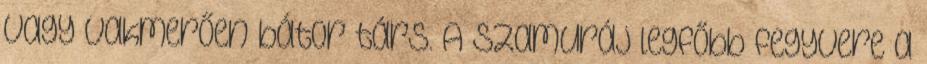
vagy vakmerően bátor társ. A szamuráj legfőbb fegyvere a